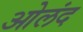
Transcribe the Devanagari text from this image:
ओलंद